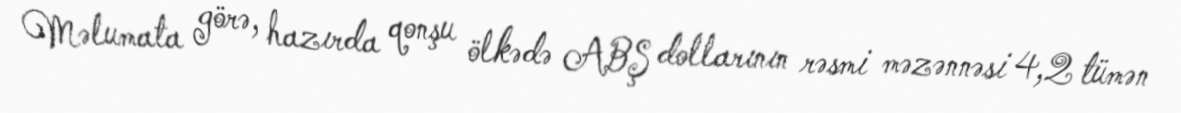
Məlumata görə, hazırda qonşu ölkədə ABŞ dollarının rəsmi məzənnəsi 4,2 tümən